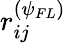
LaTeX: r_{ij}^{(\psi_{FL})}